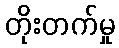
တိုးတက်မှု